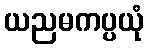
ယညမကပ္ပယုံ